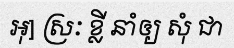
អុ] ស្រៈ ខ្លី នាំឲ្យ សុំ ជា